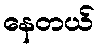
နေတယ်